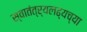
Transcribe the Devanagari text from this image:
स्वातंत्र्यलढ्यच्या